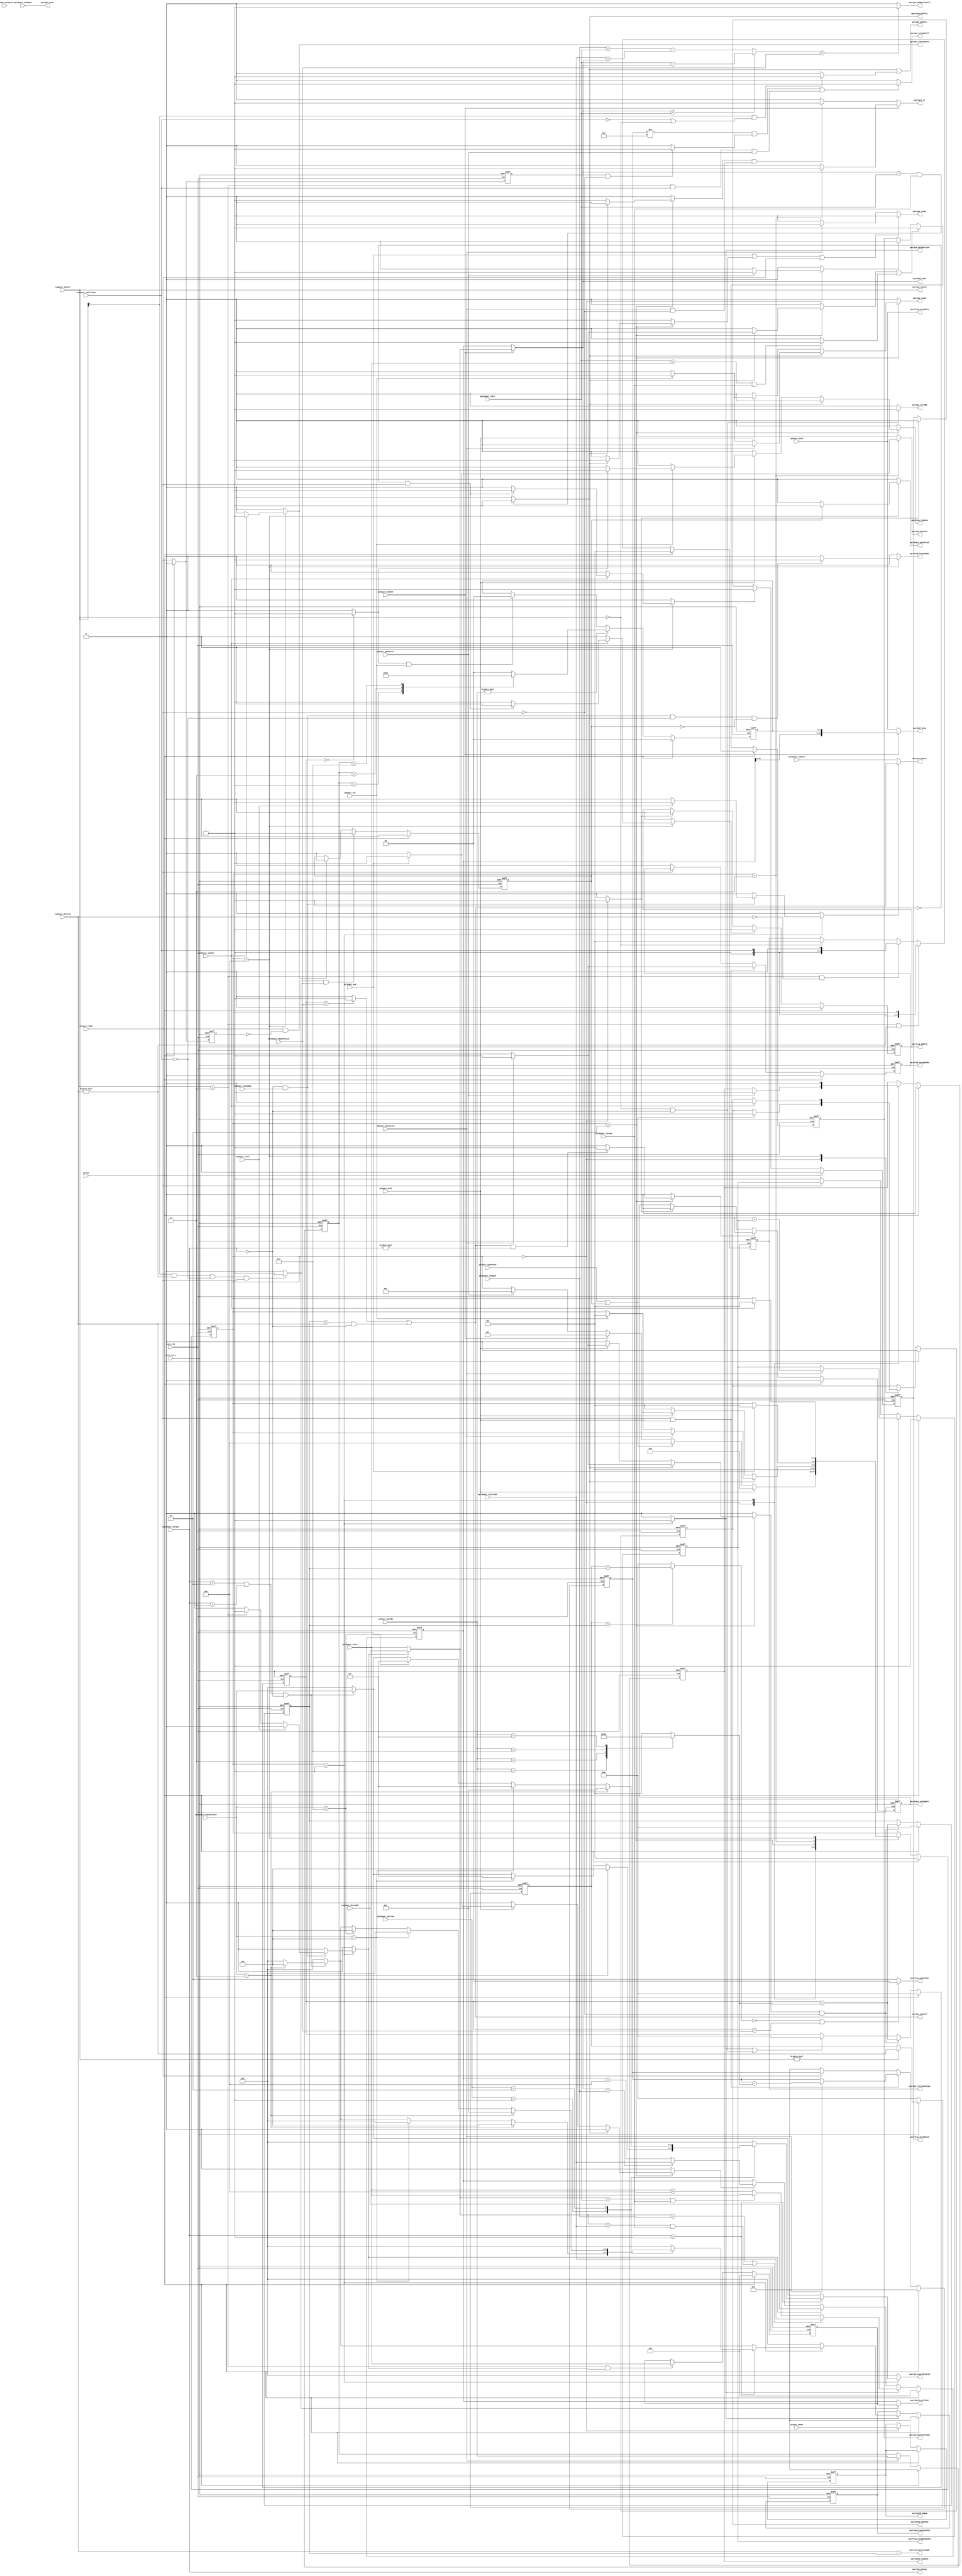
module uctl_epcr#(
   parameter   ADDR_SIZE         = 32,
               DATA_SIZE         = 32,
               REGISTER_EPDATA   = 0
   )(
   input wire                    core_clk             , //The core clock
   input wire                    uctl_rst_n           , //Active low reset
   input wire                    sw_rst               , //synchronous software reset

   // ----------------------------------------------------------------
   // pd interface      
   // ----------------------------------------------------------------
   input wire                    pd2epcr_dataValid    , //specifying data availability on the data bus       
   input wire  [DATA_SIZE-1:0]   pd2epcr_data         , //The Rx Data bus
   input wire  [3          :0]   pd2epcr_dataBE       , //Byte enable signals for the data bus
   input wire                    pd2epcr_eot          , //Last data of current transfer
 //  input wire                    pd2epcr_zeroLen      , //Indicates zero length Rx packet 

   output reg                    epcr2pd_ready        , //indicates that data is  latched into ep buffer

   // ----------------------------------------------------------------
   // PE interface      
   // ----------------------------------------------------------------
   input wire                    pe2epcr_getWrPtrs    , //get  the current endpoint attributes 
   input wire                    pe2epcr_wrEn         , //write enable signal
   input wire                    pe2epcr_rxHdrWr      , //header write request
   input wire                    pe2epcr_updtWrBuf    , //buffer update request
   input wire                    pe2epcr_regWr        ,
   //input wire                    pe2epc_idleState     , //high if PE is in IDLE state
   input wire  [3          :0]   pe2epc_epNum         , //current EP number
   //input wire  [3          :0]   pe2epc_tokenType     , //token Type:SETUP, PING, IN, OUT 
                                                      
   output reg                    epcr2pe_ready        , //indicates that data is  latched into ep buffer
   output wire                   epcr2pe_epHalt       , // device is halted 
   output wire                   epcr2pe_bufFull      , //EP buffer is full
   output wire                   epcr2pe_bufNearlyFull, //buffer is nearly full
   output wire                   epcr2pe_wrErr        , //wrong PE number, wrong direction etc
   output reg                    epcr2pe_getWrPtrsDn  , //buffer info has been read by epcr
   //output reg                    epcr2pe_epDir        , //IN/OUT
   output wire [1          :0]   epcr2pe_epType       , //EP type:Control, Interrupt, Isochro or Bulk
   output wire [3          :0]   epcr2pe_expctDataPid , //expected data token for current pkt
   output reg                    epcr2pe_hdrWrDn      , //Header read for buffer is completed
   output reg                    epcr2pe_wrBufUpdtDn  , //Buffer info has been updated on successful transfer 
   output wire                   epcr2pe_hwStall      ,
   output wire                   epcr2pe_packetDroped ,
   output wire                   epcr2pe_ctrlNAK      ,
   output wire                   epcr2pe_setupStall   ,   // more than 8 bit data in setup
   output wire [2        -1:0]   epcr2pe_enuAct   ,
   output reg [3         -1:0]   epcr2pe_ctlTransStage,

   // ----------------------------------------------------------------
   // Register interface      
   // ----------------------------------------------------------------
   input wire                    reg2epcr_enuCmdEn    , //Enumeration done using ENU_CMD_REG
   input wire [1           :0]   reg2epcr_EnuAct      , //Active status:
   input wire [15          :0]   reg2epcr_descLen     , //Length of descriptor data requested      //TODO changed
   input wire [ADDR_SIZE-1 :0]   reg2epcr_descAddr    , //Starting address for the descriptor
   input wire                    reg2epcr_stall       , //enable stall for request 
   input wire                    reg2epcr_rwCtlrType  , // 0: control read/OUT, 1: control write/IN
   input wire [16       -1:0]    reg2epc_setupLen     ,
                                                      
   output wire[1           :0]   epcr2reg_enuActOut   , //Update value for the ACT field from endpoint
   output reg                    epcr2reg_enuCmdUpdt  , //Strobe signal to update ENU_CMD_REG
   output wire[15          :0]   epcr2reg_descLenUpdt , //length of remaing transfer update cmd reg   //TODO changed      
   output wire[32        -1:0]   epcr2reg_setupData   ,
   output reg                    epcr2reg_setupRegIndex, 
   output reg                    epcr2reg_setupWrReq   ,
   output wire                   epcr2reg_bufFull      ,
   output reg                    epcr2reg_dpRcvd       , 
   output reg                    epcr2reg_setupRcvd    ,                                                    
   output reg                    epcr2reg_zlpRcvd      ,

   // ----------------------------------------------------------------
   // Endpoint Data interface 
   // ----------------------------------------------------------------

   input wire                    eptd2epcr_wrReqErr   , //Request error indication
   input wire [ADDR_SIZE-1:0]    eptd2epcr_startAddr  , //Endpoint Start Address
   input wire [ADDR_SIZE-1:0]    eptd2epcr_endAddr    , //Endpoint End Address
   input wire [ADDR_SIZE-1:0]    eptd2epcr_rdPtr      , //Endpoint Read pointer
   input wire [ADDR_SIZE-1:0]    eptd2epcr_wrPtr      , //Endpoint Write pointer
   input wire                    eptd2epcr_lastOp     , //Last operation for this EP 0 : READ,1 : WRITE            
   input wire [3          :0]    eptd2epcr_exptDataPid, //Expected Data PID for this endpoint         
   input wire                    eptd2epcr_updtDn     , //update was done successfully
   input wire                    eptd2epcr_epHalt     , //Endpoint Halt 
   input wire [1          :0]    eptd2epcr_epTrans    , //High BW # transfers per frame
   input wire [10         :0]    eptd2epcr_wMaxPktSize, //Endpoint max buffer size (wMaxPaketSize)
   //input wire                    eptd2epcr_dir        , //Endpoint Direction 0 : IN 1 : OUT
   input wire [1          :0]    eptd2epcr_epType     , //EP Type, control, bulk etc 
                           
   output reg [3          :0]    epcr2eptd_epNum      , //Physical Endpoint number
   output reg                    epcr2eptd_reqData    , //Request signal to get all the endpoint
   output reg                    epcr2eptd_updtReq    , //Update request for the below EP Attributes
   output reg                    epcr2eptd_dataFlush  ,
   output wire[ADDR_SIZE-1:0]    epcr2eptd_wrPtrOut      , //Write pointer value to be updated
   output reg [3          :0]    epcr2eptd_nxtDataPid , //next DATA token to be expected for this EP
   output reg                    epcr2eptd_setEphalt    ,
                                                      
   // ----------------------------------------------------------------
   // Memory interface 
   // ----------------------------------------------------------------
   output wire[ADDR_SIZE-1:0]    epcr2mif_addr        , //Address of the memory location in local buffer
   output wire[DATA_SIZE-1:0]    epcr2mif_data        , //Write data
   output wire                   epcr2mif_wr          , //Write request
   input  wire                   mif2epcr_ack           //Ready signal
   );
   // ----------------------------------------------------------------
   // local parameters
   // ---------------------------------------------------------------
   // FSM variables
   // ---------------------------------------------------------------
   localparam  IDLE       =  3'b000,    //default state
               GETEPPTR   =  3'b001,    //read pointers and status of end point
               RXDATA     =  3'b010,    //data transfer for OUT
               RXHDR      =  3'b011,    //write header for ACK/NYET
               RXUPDT     =  3'b100;    //update buffer info

 
   // token type parameters       
   // ---------------------------------------------------------------
   localparam  OUT            =  4'b0001 ,  
               IN             =  4'b1001 , 
               PING           =  4'b0100 , 
               SETUP          =  4'b1101 , 
               DATA0          =  4'b0011 , 
               DATA1          =  4'b1011 , 
               DATA2          =  4'b0111 , 
               MDATA          =  4'b1111 , 
               ACK            =  4'b0010 , 
               NAK            =  4'b1010 , 
               STALL          =  4'b1110 , 
               NYET           =  4'b0110 ,
               RSRVD          =  4'b0000 ; 

   // end point type parameters       
   // ---------------------------------------------------------------
    localparam CONTROL        = 2'b00    ,    
               ISOCHRONOUS    = 2'b01    ,
               BULK           = 2'b10    ,
               INTERRUPT      = 2'b11    ;

   // usb mode (speed) type parameters       
   // ---------------------------------------------------------------
     localparam LS            = 3'b000    ,
                FS            = 3'b001    ,
                HS            = 3'b010    ,
                SS            = 3'b011    ;

   // control transfer setup stages          
   // ---------------------------------------------------------------
   localparam  STATUS_OUT     = 3'b100    ,
               STATUS_IN      = 3'b110    , 
               DATA_OUT       = 3'b101    , 
               DATA_IN        = 3'b111    ;

   localparam   WRITE         = 1'b1     ,
                READ          = 1'b0     ;

      reg                   epcr2eptd_updtReq_nxt;
      reg                   mif_wr               ;
      reg                   drop_pkt             ;
      wire                  mif_wr_req           ;
      reg                   hdrMif_wr            ;
      reg  [2          :0]  current_state        , 
                            next_state           ;
      wire                  bufFull              ;
      wire                  bufNearlyFull        ;
      reg  [3:          0]  curExpDataPid        ;
      reg  [3:          0]  nxtExpDataPid        ;
      reg  [3:          0]  epcr2eptd_epNum_nxt  ;
      reg  [3:          0]  byteEn               ;
      reg                   epcr2eptd_reqData_nxt;
      reg  [ADDR_SIZE-1:0]  mifWrAddr            ;
    //reg  [ADDR_SIZE-1:0]  mifWrAddr_nxt        ;
      reg                   wr_halt              ;
      reg                   wrReqErr             ;
      reg  [ADDR_SIZE-1:0]  startAddr            ;
      reg  [ADDR_SIZE-1:0]  endAddr              ;
      reg  [ADDR_SIZE-1:0]  rdPtr                ;
      reg  [ADDR_SIZE-1:0]  wrPtr                ;
      reg  [ADDR_SIZE-1:0]  rdPtr_nxt            ;
      reg  [ADDR_SIZE-1:0]  wrPtr_nxt            ;
      reg  [3:          0]  exptDataPid          ;
      reg                   epHalt               ;
      reg  [1:          0]  epTrans              ;
      reg  [10:         0]  wMaxPktSize          ;
      reg  [1:          0]  epType               ;
      reg                   addr_load            ; 
      reg                   send_data            ;
      reg                   addr_incr            ; 
      wire [ADDR_SIZE-1:0]  available_space      ;
      reg  [ADDR_SIZE-1:0]  start_setUp_addr     ;
      wire                  epHalt_w             ;
      reg                   regAddr_load         ;
      wire [15:         0]  regNewLen            ; 
      reg  [15:         0]  transLen             ;  
      reg  [15:         0]  transLen_dataSt      ;  
      reg  [2          :0]  current_transSize    ;
      reg  [2        -1:0]  last_trans_bytes     ;
      reg                   reg_getWrPtrs        ;
      reg                   set_drop             ; 
      reg                   clr_drop             ;             
      reg                   packet_droped        ;
      reg  [4        -1:0]  setup_bytes          ;
      reg  [2        -1:0]  last_dataBE          ;
      reg                   set_halt             ; 
      reg                   clr_halt             ; 
      wire                  mpsExcd              ;
      reg                  set_setup_rcvd_flag   ;
      reg                  clr_setup_rcvd_flag   ;
      reg                  set_dp_rcvd_flag      ;
      reg                  clr_dp_rcvd_flag      ;
      reg                  clr_setup_cnt         ;
      wire                 setup_nak             ;
      reg  [15:         0] total_transLen        ;
      wire [15:         0] rem_bytes             ; 
      reg                  setup_rcvd            ;
      wire                 clr_setup_rcvd        ;
      wire                 set_data_flush_req    ;
      reg                  clr_data_flush_req    ;
      reg                  data_flush_req        ;
      reg                  start_of_setup        ;
      wire                 zlp_rcvd;
      reg                  setupWr_nxt  ; 
      reg                  incorrect_setupBytes  ;
      wire                 check_setup_bytes_count;
      wire                 bufAlreadyFull        ;
   // ---------------------------------------------------------------
   // Code starts here
   // ---------------------------------------------------------------

   assign clr_setup_rcvd = (reg2epcr_EnuAct == 2'b11) ? 1'b1 : 1'b0;
// assign total_transLen         = (reg2epc_setupLen >reg2epcr_descLen) ? reg2epcr_descLen :reg2epc_setupLen;
// assign total_transLen         = reg2epc_setupLen ; // in out transfer host can send data upto wlength 
   assign rem_bytes              = (total_transLen > transLen_dataSt)? (total_transLen - transLen_dataSt): {16{1'b0}};

   assign epcr2pe_enuAct     = reg2epcr_EnuAct ;
   assign epcr2pe_setupStall     =( setup_bytes!=8)&&(check_setup_bytes_count) || ((reg2epcr_EnuAct == 2'b11 &&
                                  reg2epcr_rwCtlrType==1'b1) && pe2epcr_getWrPtrs)? 1'b1 : 1'b0;    //don't interrupt CPU in tis case TODO
   assign epcr2pe_ctrlNAK        = (reg2epcr_EnuAct == 2'b00)&&(epType == CONTROL) ? 1'b1 : 1'b0;  
   assign epcr2reg_setupData     = pd2epcr_data;
   assign epcr2pe_packetDroped   = packet_droped;
   assign available_space        = (epcr2mif_addr  < rdPtr_nxt ) ? (rdPtr_nxt  -epcr2mif_addr  ) :
                                     ((endAddr + rdPtr ) - (startAddr + epcr2mif_addr)) ;
   assign mif_wr_req             = (mif_wr && pd2epcr_dataValid & ! pe2epcr_regWr)?1'b1 :1'b0 ;
   assign epHalt_w               =  wr_halt ? 1'b1 : epHalt;
   assign regNewLen              =  reg2epcr_descLen - transLen_dataSt;
   assign bufFull                = ((epcr2mif_addr  == rdPtr_nxt) && (eptd2epcr_lastOp == WRITE)) ? 1 :0; 
   assign bufNearlyFull          =  (available_space<wMaxPktSize) ? 1 :0; 
   assign mpsExcd                =  (transLen > wMaxPktSize) ? 1:0;           
   assign data_flush             =  ((reg2epcr_EnuAct[1] ==1'b1) && (reg2epcr_descLen != {16{1'b0}}) &&
                                    (!reg2epcr_rwCtlrType) &&(pe2epcr_regWr)) ? 1'b1:1'b0  ;  
   assign epcr2eptd_wrPtrOut     = data_flush ? start_setUp_addr :mifWrAddr;
   assign epcr2pe_hwStall        = mpsExcd ||((transLen_dataSt > reg2epcr_descLen)&&(epType==CONTROL));
   assign epcr2reg_bufFull       = bufFull;
   assign setup_nak              =  (reg2epcr_EnuAct[1] ==1'b1) &&(reg2epcr_rwCtlrType==1'b0) |(reg2epcr_EnuAct==2'b00)  ? 1'b1:1'b0; 
   assign set_data_flush_req     =  pe2epcr_regWr&(!start_of_setup)&data_flush ; 
   assign zlp_rcvd               = transLen == {16{1'b0}} ? 1'b1 : 1'b0;
   assign check_setup_bytes_count= (setupWr_nxt && (!pe2epcr_regWr)) ? 1'b1 : 1'b0;
   assign bufAlreadyFull         = ((eptd2epcr_rdPtr==eptd2epcr_wrPtr) && (eptd2epcr_lastOp == WRITE)) ? 1 :0;

     always @(posedge core_clk, negedge uctl_rst_n) begin 
        if(!uctl_rst_n) begin
           setupWr_nxt    <= 1'b0;
        end
        else if( sw_rst    ) begin
           setupWr_nxt    <= 1'b0;
        end
        else begin
           setupWr_nxt <= pe2epcr_regWr;
        end
     end


     always @(posedge core_clk, negedge uctl_rst_n) begin 
        if(!uctl_rst_n) begin
            total_transLen    <=    {16{1'b0}} ;   
         end
         else if(!uctl_rst_n) begin
            total_transLen    <=    {16{1'b0}} ;   
         end
         else if(epcr2pe_enuAct) begin
            total_transLen    <= reg2epcr_descLen;
         end
      end


   generate begin
      if(REGISTER_EPDATA == 1) begin 
         always @(posedge core_clk, negedge uctl_rst_n) begin 
            if(!uctl_rst_n) begin
               wrReqErr       <=  1'b0            ;
               startAddr      <= {ADDR_SIZE{1'b0}};
               endAddr        <= {ADDR_SIZE{1'b0}};
               exptDataPid    <= 4'b0             ;
               epHalt         <= 1'b0             ;
               epTrans        <= 2'b0             ;
               wMaxPktSize    <=11'b0             ;
               epType         <= 2'b0             ;
            end
            else if(sw_rst) begin
               wrReqErr       <=  1'b0            ;
               startAddr      <= {ADDR_SIZE{1'b0}};
               endAddr        <= {ADDR_SIZE{1'b0}};
               exptDataPid    <= 4'b0             ;
               epHalt         <= 1'b0             ;
               epTrans        <= 2'b0             ;
               wMaxPktSize    <=11'b0             ;
               epType         <= 2'b0             ;
            end
            else if(reg_getWrPtrs     /* epcr2pe_getWrPtrsDn*/) begin 
              wrReqErr       <= eptd2epcr_wrReqErr       ;
              startAddr      <= eptd2epcr_startAddr      ;
              endAddr        <= eptd2epcr_endAddr        ;
              exptDataPid    <= eptd2epcr_exptDataPid    ;
              epHalt         <= eptd2epcr_epHalt         ;
              epTrans        <= eptd2epcr_epTrans        ;
              wMaxPktSize    <= eptd2epcr_wMaxPktSize    ;
              epType         <= eptd2epcr_epType         ;
              rdPtr          <= rdPtr_nxt                ;
              wrPtr          <= wrPtr_nxt                ;
            end
         end
      end
      else begin 
         always@(*) begin
              wrReqErr        = eptd2epcr_wrReqErr       ;
              startAddr       = eptd2epcr_startAddr      ;
              endAddr         = eptd2epcr_endAddr        ;
              exptDataPid     = eptd2epcr_exptDataPid    ;
              epHalt          = eptd2epcr_epHalt         ;
              epTrans         = eptd2epcr_epTrans        ;
              wMaxPktSize     = eptd2epcr_wMaxPktSize    ;
              epType          = eptd2epcr_epType         ;
              rdPtr           = rdPtr_nxt                ;
              wrPtr           = wrPtr_nxt                ;
         end
      end
   end
  endgenerate 
   
   // start write address for cureent data of setup data stage  
   // ---------------------------------------------------------------
   always @(posedge core_clk, negedge uctl_rst_n) begin 
      if(! uctl_rst_n) begin
         data_flush_req <= 1'b0;
      end
      else if(sw_rst   ) begin
         data_flush_req <= 1'b0;
      end
      else if(set_data_flush_req) begin
         data_flush_req <= 1'b1;
      end
      else if(clr_data_flush_req) begin
         data_flush_req <= 1'b0;
      end
   end
         

   always @(posedge core_clk, negedge uctl_rst_n) begin 
      if(! uctl_rst_n) begin
         start_of_setup <= 1'b0;
      end   
      else if(sw_rst  ) begin
         start_of_setup <= 1'b0;
      end   
      else begin 
         start_of_setup <= pe2epcr_regWr;
      end
   end
      
   always @(posedge core_clk, negedge uctl_rst_n) begin 
      if(! uctl_rst_n) begin
         start_setUp_addr  <= {ADDR_SIZE{1'b0}}; 
      end
      else if(sw_rst ) begin
         start_setUp_addr  <= {ADDR_SIZE{1'b0}}; 
      end
      else if((reg2epcr_EnuAct==2'b11)&&(regAddr_load))begin
         start_setUp_addr  <=  eptd2epcr_wrPtr ;      
      end
   end
      
         

   always @(posedge core_clk, negedge uctl_rst_n) begin 
      if(! uctl_rst_n) begin
         epcr2eptd_setEphalt     <=  1'b0;
      end
      else if(sw_rst) begin
         epcr2eptd_setEphalt     <=  1'b0;
      end
      else if(set_halt) begin
         epcr2eptd_setEphalt     <=  1'b1;
      end
      else if(clr_halt) begin
         epcr2eptd_setEphalt     <=  1'b0;
      end
   end
         

   always @(posedge core_clk, negedge uctl_rst_n) begin 
      if(! uctl_rst_n) begin
         packet_droped <=  1'b0;
      end
      else if(sw_rst) begin
         packet_droped <=  1'b0;
      end
      else if(set_drop ||bufAlreadyFull  ) begin
         packet_droped <= 1'b1;
      end
      else if(clr_drop) begin
         packet_droped  <= 1'b0;
      end
   end

   always @(posedge core_clk, negedge uctl_rst_n) begin 
      if(! uctl_rst_n) begin
         epcr2eptd_epNum      <= 4'b0000;
         epcr2eptd_reqData    <= 1'b0   ;
      end
      else if(sw_rst) begin
         epcr2eptd_reqData    <= 1'b0   ;
      end
      else begin
         epcr2eptd_epNum      <= epcr2eptd_epNum_nxt  ;
         epcr2eptd_epNum      <= epcr2eptd_epNum_nxt  ;
         epcr2eptd_reqData    <= epcr2eptd_reqData_nxt;
      end
   end 
           assign  epcr2pe_epHalt       = epHalt_w ; 
           assign  epcr2pe_bufFull      = bufFull  |setup_nak  ;            
           assign  epcr2pe_bufNearlyFull= bufNearlyFull        ;            
           assign  epcr2pe_wrErr        = wrReqErr             ;
           assign  epcr2pe_epType       = epType               ;                                       
           assign  epcr2pe_expctDataPid = curExpDataPid        ;
   always @(posedge core_clk, negedge uctl_rst_n) begin 
      if(! uctl_rst_n) begin
         epcr2eptd_nxtDataPid<= 4'b0000;        
      end
      else if(sw_rst) begin
        epcr2eptd_nxtDataPid <= 4'b0000;        
      end
      else if(epcr2pe_getWrPtrsDn) begin
         epcr2eptd_nxtDataPid<= nxtExpDataPid     ;        
      end
   end


   //always @(*) begin 
   always @(posedge core_clk, negedge uctl_rst_n) begin 
      if(! uctl_rst_n) begin
         mifWrAddr        <= {ADDR_SIZE{1'b0}}       ;
      end
      else if(sw_rst) begin
         mifWrAddr        <= {ADDR_SIZE{1'b0}}       ;
      end
      else if(addr_load) begin
         if((wrPtr_nxt ==endAddr)||
	     (wrPtr_nxt == startAddr) && eptd2epcr_lastOp ) begin
            mifWrAddr       <= startAddr               ;
         end
         else if((wrPtr_nxt == rdPtr_nxt) && eptd2epcr_lastOp ) begin
            mifWrAddr       <= eptd2epcr_wrPtr;
         end
         else begin 
            mifWrAddr       <= eptd2epcr_wrPtr+3'h4    ;
         end
      end
      else if(regAddr_load) begin 
         mifWrAddr       <= reg2epcr_descAddr       ;
      end   
      else if(addr_incr) begin                
         if(epcr2mif_addr==endAddr) begin
            mifWrAddr       <= startAddr               ;
         end
         else begin 
            mifWrAddr       <= mifWrAddr + 3'b100  ;
         end
      end
      else begin 
         mifWrAddr       <= mifWrAddr               ;
      end
   end

   always @(*)begin
      case(pd2epcr_dataBE)
         4'b0000: begin
            current_transSize= 3'b000;
         end
         4'b0001: begin
            current_transSize= 3'b001;
         end
         4'b0011: begin
            current_transSize= 3'b010;
         end
         4'b0111: begin
            current_transSize= 3'b011;
         end
         4'b1111: begin
            current_transSize= 3'b100;
         end
         default: begin
            current_transSize= 3'b000;
         end
      endcase
   end

   always @(posedge core_clk, negedge uctl_rst_n) begin 
      if(! uctl_rst_n) begin
         epcr2pe_ctlTransStage   <= 3'b000;
      end
      else if(sw_rst ) begin
         epcr2pe_ctlTransStage   <= 3'b000;
      end
      else if((reg2epcr_EnuAct == 2'b11)&&(reg2epcr_descLen != {16{1'b0}})) begin
         epcr2pe_ctlTransStage <={1'b1,reg2epcr_rwCtlrType, 1'b1};
      end
      else if((reg2epcr_EnuAct == 2'b11)&&(reg2epcr_descLen == {16{1'b0}})) begin
         epcr2pe_ctlTransStage <={1'b1,reg2epcr_rwCtlrType, 1'b0};
      end
      else if(reg2epcr_EnuAct == 2'b00) begin
         epcr2pe_ctlTransStage   <= 3'b000;
      end
   end
            
   assign epcr2reg_descLenUpdt = regNewLen  ;
   assign epcr2reg_enuActOut   = (rem_bytes   == {16{1'b0}}) ||(transLen <wMaxPktSize)   ? 2'b00 : 2'b10 ;
   assign epcr2mif_addr  =pe2epcr_rxHdrWr ? wrPtr                               :  mifWrAddr ; 
   assign epcr2mif_data  =pe2epcr_rxHdrWr ? {mifWrAddr[31:2], last_dataBE     } :  pd2epcr_data;
   assign epcr2mif_wr    =pe2epcr_rxHdrWr ? hdrMif_wr                           :  mif_wr_req  ; 


   //TODO send byte enable 2'b00 in case of zlp
   always @(posedge core_clk, negedge uctl_rst_n) begin 
      if(! uctl_rst_n) begin
         last_dataBE <= 2'b0;
      end
      else if(  sw_rst    ) begin
         last_dataBE <= 2'b0;
      end
      else if(pd2epcr_dataBE) begin 
         last_dataBE <= last_trans_bytes;
      end
      else if(zlp_rcvd && pd2epcr_eot) begin
         last_dataBE <= 2'b0;
      end
   end
         
   always @(posedge core_clk, negedge uctl_rst_n) begin 
      if(! uctl_rst_n) begin
         epcr2reg_setupWrReq   <= 1'b0   ;
         setup_bytes           <= 4'b0000;    
         epcr2reg_setupRegIndex<= 1'b1   ;
      end
      else if(sw_rst) begin
         epcr2reg_setupWrReq   <= 1'b0   ;
         setup_bytes           <= 4'b0000;    
         epcr2reg_setupRegIndex<= 1'b1   ;
      end
      else if(pe2epcr_regWr & pe2epcr_wrEn)begin 
         if(pd2epcr_dataValid) begin 
            epcr2reg_setupWrReq   <= 1'b1;
            setup_bytes           <= setup_bytes +current_transSize;
            epcr2reg_setupRegIndex<= 1'b1+epcr2reg_setupRegIndex  ;
         end
         else begin 
            epcr2reg_setupWrReq   <= 1'b0;
         end
      end
      else if(! pe2epcr_regWr ) begin 
         setup_bytes           <= 4'b0000;    
         epcr2reg_setupRegIndex<= 1'b1   ;
         epcr2reg_setupWrReq   <= 1'b0;
      end
   end

            

   always @(posedge core_clk, negedge uctl_rst_n) begin 
      if(! uctl_rst_n) begin
         byteEn   <= {4{1'b0}};
      end
      else if(sw_rst) begin
         byteEn   <= {4{1'b0}};
      end
     // else if(send_data && pd2epcr_eot) begin
      else if(pd2epcr_dataValid) begin
         byteEn   <= pd2epcr_dataBE;
      end   
     // else begin
     //    byteEn   <= {4{1'b0}};
     // end
   end
  
   always @(posedge core_clk, negedge uctl_rst_n) begin 
      if(! uctl_rst_n) begin
         setup_rcvd     <= 1'b0;
      end
     else  if(sw_rst    ) begin
         setup_rcvd     <= 1'b0;
      end
      else if(pe2epcr_regWr) begin 
         setup_rcvd     <= 1'b1;
      end
      else if(epcr2pe_setupStall || clr_setup_rcvd) begin
         setup_rcvd     <= 1'b0;
      end
   end
 

   always @(posedge core_clk, negedge uctl_rst_n) begin 
      if(! uctl_rst_n) begin
         transLen       <= {16{1'b0}}; 
         transLen_dataSt<= {16{1'b0}}; 
      end
      else if(sw_rst) begin
         transLen       <= {16{1'b0}}; 
         transLen_dataSt<= {16{1'b0}}; 
      end
      else if(send_data && !pe2epcr_regWr) begin
         transLen       <= transLen + current_transSize ;
         transLen_dataSt<= transLen + current_transSize ;
      end   
      else if(addr_load ||(( epType== CONTROL) && (reg2epcr_EnuAct == 2'b00)))begin
         transLen       <= {16{1'b0}}; 
      end   
   end

   always @(*) begin 
      if(regAddr_load)begin 
         rdPtr_nxt          = eptd2epcr_rdPtr               ;//rdptr from where??
         wrPtr_nxt          = reg2epcr_descAddr             ;
      end
      else begin 
         rdPtr_nxt          = eptd2epcr_rdPtr               ;
         wrPtr_nxt          = eptd2epcr_wrPtr               ;
      end
   end
     always @(*) begin  
      case(byteEn)   
         4'b0001: last_trans_bytes = 2'b01;
         4'b0011: last_trans_bytes = 2'b10;
         4'b0111: last_trans_bytes = 2'b11;
         4'b1111: last_trans_bytes = 2'b00;
         default: last_trans_bytes = 2'b00;
      endcase
   end
   
   always @ (*)begin
      if(mif2epcr_ack | drop_pkt| pe2epcr_regWr ) begin
         epcr2pd_ready  = 1'b1;
      end
      else if(pd2epcr_dataValid) begin 
         epcr2pd_ready  = 1'b0;
      end
      else begin
         epcr2pd_ready  = 1'b1;
      end
   end

   // generate data packet received signal(irq)
   // ---------------------------------------------------------------
   always @(posedge core_clk, negedge uctl_rst_n) begin 
      if(! uctl_rst_n) begin
         epcr2reg_dpRcvd <= 1'b0;
    end
      else if(  sw_rst    ) begin
         epcr2reg_dpRcvd <= 1'b0;
      end
      else if(set_dp_rcvd_flag ) begin
         epcr2reg_dpRcvd <= 1'b1;
      end
      else if(clr_dp_rcvd_flag ) begin
         epcr2reg_dpRcvd <= 1'b0;
      end
   end

   // generate setup packet received signal(irq)
   // ---------------------------------------------------------------
    always @(posedge core_clk, negedge uctl_rst_n) begin 
      if(! uctl_rst_n) begin
         epcr2reg_setupRcvd <= 1'b0;
      end
      else if(  sw_rst    ) begin
         epcr2reg_setupRcvd <= 1'b0;
      end
      else if(set_setup_rcvd_flag ) begin
         epcr2reg_setupRcvd <= 1'b1;
      end
      else if(clr_setup_rcvd_flag ) begin
         epcr2reg_setupRcvd <= 1'b0;
      end
   end



   always @(posedge core_clk, negedge uctl_rst_n) begin 
      if(! uctl_rst_n) begin
          epcr2eptd_updtReq   <= 1'b0              ;    
      end
      else if(sw_rst) begin 
          epcr2eptd_updtReq   <= 1'b0              ;    
      end
      else begin 
          epcr2eptd_updtReq   <=epcr2eptd_updtReq_nxt ;    
      end
   end
      
   // FSM sequential block
   // ---------------------------------------------------------------
   always @(posedge core_clk, negedge uctl_rst_n) begin 
      if(! uctl_rst_n) begin
         current_state  <= IDLE                          ;
      end
      else if(sw_rst) begin
         current_state  <= IDLE                          ;
      end
      else begin
     current_state <= next_state                     ;
      end
   end

   // FSM combinational block
   // ---------------------------------------------------------------

   always @ * begin
    next_state              = current_state       ;
      //current_token_nxt       = current_token       ;
      //current_epNum_nxt       = current_epNum       ;
      epcr2eptd_epNum_nxt     = epcr2eptd_epNum     ;
      epcr2eptd_reqData_nxt   = epcr2eptd_reqData   ;       
      epcr2pe_ready           = 1'b0                ;
      epcr2pe_getWrPtrsDn     = 1'b0                ;
      epcr2pe_hdrWrDn         = 1'b0                ;
      curExpDataPid           = DATA0               ;
      mif_wr                  = 1'b0                ;
      hdrMif_wr               = 1'b0                ;
      epcr2pe_wrBufUpdtDn     = 1'b0                ; 
      epcr2eptd_updtReq_nxt   = epcr2eptd_updtReq   ;    
      wr_halt                 = 1'b0                ; 
      addr_load               = 1'b0                ;
      addr_incr               = 1'b0                ;
      send_data               = 1'b0                ;
      regAddr_load            = 1'b0                ;
      reg_getWrPtrs           = 1'b0                ;
      drop_pkt                = 1'b1                ;     
      set_drop                = 1'b0;
      clr_drop                = 1'b0;
      nxtExpDataPid           = DATA0;
      epcr2reg_enuCmdUpdt     = 1'b0    ;
      set_halt                =  1'b0;
      clr_halt                =  1'b0;
      set_dp_rcvd_flag        = 1'b0;
      clr_dp_rcvd_flag        = 1'b0;
      set_setup_rcvd_flag     = 1'b0;
      clr_setup_rcvd_flag     = 1'b0;
      clr_setup_cnt           = 1'b0;
      epcr2eptd_dataFlush     = 1'b0;
      clr_data_flush_req      = 1'b0;
      epcr2reg_zlpRcvd        = 1'b0;
    case(current_state)
       IDLE : begin   //default state
            clr_dp_rcvd_flag    = 1'b1;
            clr_setup_rcvd_flag = 1'b1;
            clr_halt            = 1'b1;
            epcr2eptd_epNum_nxt = pe2epc_epNum    ;
            if(pe2epcr_getWrPtrs) begin 
               clr_drop       = 1'b1;
               epcr2eptd_reqData_nxt= 1'b1        ;
               reg_getWrPtrs        = 1'b1         ;
               next_state        = GETEPPTR          ;
            end
            if(pe2epcr_rxHdrWr) begin 
               next_state        = RXHDR;
            end
            if(pe2epcr_updtWrBuf ||data_flush_req ) begin 
               epcr2eptd_updtReq_nxt   = 1'b1              ;    
               next_state        = RXUPDT;
            end
            if(pe2epcr_wrEn) begin 
               next_state        = RXDATA           ;
            end
         end
         GETEPPTR : begin
               epcr2eptd_reqData_nxt= 1'b0        ;
               clr_setup_cnt  = 1'b1;
               epcr2pe_getWrPtrsDn  = 1'b1           ; 
            addr_load               = 1'b1          ;
            if((epType == CONTROL)  && (reg2epcr_enuCmdEn == 1'b1)) begin 
               if(reg2epcr_stall== 1'b1) begin
                  wr_halt                 = 1'b1       ; 
               end
               else if(reg2epcr_EnuAct == 2'b11) begin 
                  regAddr_load   = 1'b1;
               end
            end
            //calculate next expected data token
            if(epType == BULK || epType == INTERRUPT || 
               epType == CONTROL) begin 
               if(exptDataPid == DATA0) begin
                  nxtExpDataPid           = DATA1   ;
               end
               else if(exptDataPid == DATA1) begin
                  nxtExpDataPid  = DATA0            ;
               end
               curExpDataPid  = exptDataPid         ;
            end
            if(epType == ISOCHRONOUS) begin
               case(epTrans)
                  2'b00: begin
                     nxtExpDataPid        = DATA0    ;
                     curExpDataPid        = DATA0    ;
                  end
                  
                  2'b01: begin
                     if(exptDataPid == DATA1) begin 
                        nxtExpDataPid     = DATA0    ;
                        curExpDataPid     = MDATA    ;
                     end
                     if(exptDataPid == DATA0) begin 
                        nxtExpDataPid     = DATA1    ;
                        curExpDataPid     = DATA1    ;
                     end
                  end
         
                  2'b10: begin 
                     if(exptDataPid == DATA2) begin 
                        nxtExpDataPid     = DATA1    ;
                        curExpDataPid     = MDATA    ;
                     end
                     if(exptDataPid == DATA1) begin 
                        nxtExpDataPid     = DATA0    ;
                        curExpDataPid     = MDATA    ;
                     end
                     if(exptDataPid == DATA0) begin 
                        nxtExpDataPid     = DATA2    ;
                        curExpDataPid     = DATA2    ;
                     end
                  end
                default: begin
                     nxtExpDataPid        = DATA0    ;
                     curExpDataPid        = DATA0    ;
                  end
               endcase
            end
            
            next_state                 = IDLE       ; 
         end
         RXDATA : begin
            if((epcr2pe_hwStall)&& (epType!=CONTROL) )
               set_halt    =  1'b1;
            if(!bufFull) begin 
               drop_pkt     = 1'b0    ;     
               mif_wr       = 1'b1    ;
               if(pe2epcr_wrEn) begin
                  if(mif2epcr_ack) begin
                     addr_incr = 1'b1 ;
                  end
                  if(pd2epcr_dataValid) begin 
                     send_data       = 1'b1;
                  end
                  if(pd2epcr_eot  ) begin                 
                     epcr2pe_ready  = 1'b1;
                     next_state  = IDLE   ; 
                     if(zlp_rcvd == 1'b1) begin
                        epcr2reg_zlpRcvd = 1'b1;
                     end
                  end
               end   
               else begin 
                  next_state  = IDLE                       ; 
               end  
            end 
            else if(pd2epcr_dataValid) begin 
               send_data       = 1'b1;
               set_drop       = 1'b1;
            end
            else if(pd2epcr_eot  ) begin 
               epcr2pe_ready  = 1'b1;
               next_state     = IDLE                       ; 
            end
         end

         RXHDR: begin
            hdrMif_wr         = 1'b1              ;
            if(mif2epcr_ack) begin 
               epcr2pe_hdrWrDn  = 1'b1              ;
               next_state       = IDLE              ;
            end
         end
         
         RXUPDT: begin
            if(data_flush_req) begin 
               epcr2eptd_dataFlush   = 1'b1;
            end
            if((reg2epcr_enuCmdEn == 1) && 
                  (epType == CONTROL)  && 
                  (!reg2epcr_rwCtlrType ) && ! data_flush_req)begin
               epcr2reg_enuCmdUpdt       = 1'b1    ;
            end
            if(eptd2epcr_updtDn) begin
               if(!epcr2pe_hwStall && pe2epcr_regWr) begin
                  set_setup_rcvd_flag = 1'b1;
               end
               else begin
                  set_dp_rcvd_flag = 1'b1;
               end
               epcr2eptd_updtReq_nxt= 1'b0          ;    
               epcr2pe_wrBufUpdtDn  = 1'b1          ; 
               clr_data_flush_req   = 1'b1          ;
               next_state           = IDLE          ;
            end
         end    
      endcase 
   end
endmodule